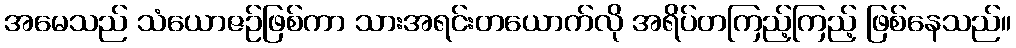
အမေသည် သံယောဇဉ်ဖြစ်ကာ သားအရင်းတယောက်လို အရိပ်တကြည့်ကြည့် ဖြစ်နေသည်။